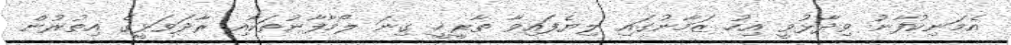
އެމަނިކުފާނު ވިދާޅުވީ އިހު ޒަމާނުގައި ލިޔެފައިވާ ތާރީޚީ ގިނަ ލޯމާފާނުތަކާއި ރާދަވަޅީގެ އިތުރުން